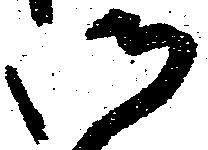
御